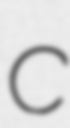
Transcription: C